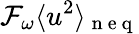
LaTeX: \mathcal{F}_{\omega}\langle u^{2}\rangle_{\mathrm{~n~e~q~}}